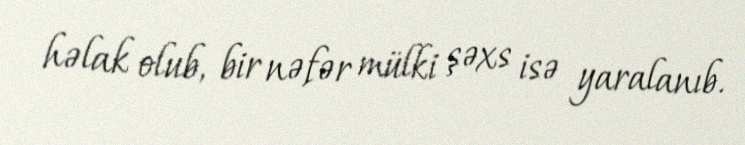
həlak olub, bir nəfər mülki şəxs isə yaralanıb.